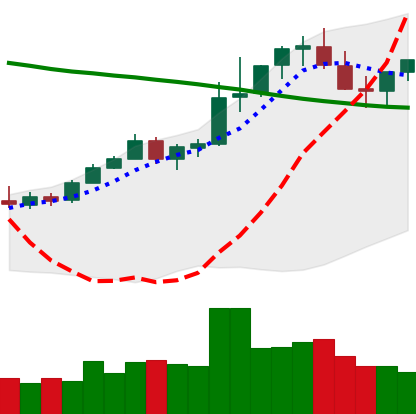
Ticker: TRX-USD
Chart end date: 2021-08-20
Forward return: -3.465%
Label: down_3_5